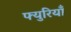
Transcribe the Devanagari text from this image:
फ्युरियाँ